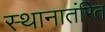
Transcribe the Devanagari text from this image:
स्थानातंरित